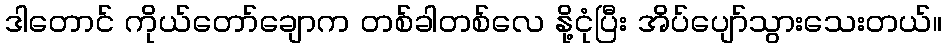
ဒါတောင် ကိုယ်တော်ချောက တစ်ခါတစ်လေ နို့ငုံပြီး အိပ်ပျော်သွားသေးတယ်။